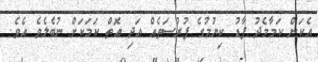
އެކަން ކަމާމެދު ފާޑު ކިޔުމުގެ ފުރުސަތެއް އަދި އޮތް ކަމަކަށް ނުބެލެވެ އެވެ.